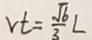
V t = \frac { \sqrt { 6 } } { 3 } L